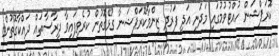
ކޮރަޕްޝަން ހުއްޓުވުމުގައި މަދަނީ އަދި ފަރުދީ ޒިންމާކޮރަޕްޝަނާ ގުޅޭގޮތުން ކުރެވިފައިވާ ދިރާސާތައް ދައްކާގޮތުން